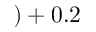
) + 0 . 2